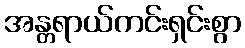
အန္တရာယ်ကင်းရှင်းစွာ